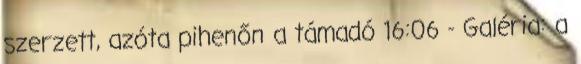
szerzett, azóta pihenőn a támadó 16:06 - Galéria: a